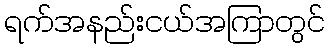
ရက်အနည်းငယ်အကြာတွင်